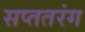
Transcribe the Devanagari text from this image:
सप्ततरंग